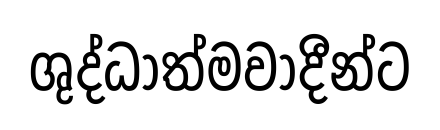
ශුද්ධාත්මවාදීන්ට